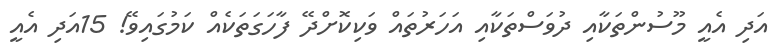
އަދި އެއީ މޫސުންތަކާއި ދުވަސްތަކާއި އަހަރުތައް ވަކިކޮށްދޭ ފާހަގަތަކެއް ކަމުގައިވޭ! 15އަދި އެއީ